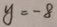
y = - 8